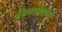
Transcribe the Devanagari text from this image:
सीताशोधार्ध